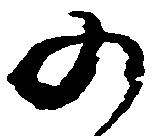
の